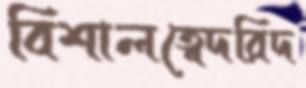
বিশালত্বেদরিদ